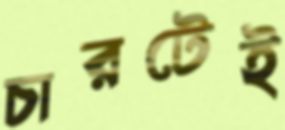
চারটেই